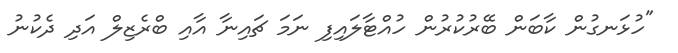
"ހުޅަނގުން ކާބަން ބޭރުކުރުން ހުއްޓާލައިފި ނަމަ ޗައިނާ އާއި ބްރެޒިލް އަދި ދެކުނު